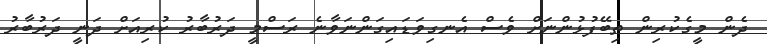
ދެން މީގެކުރިން ތިބޭފުޅުންނަށް ވެސް އެނގިވަޑައިގަންނަވާނެ ރަސްމީ ދަރުބާރު ކުރިއަށް ދަނީ ދަރުބާރު